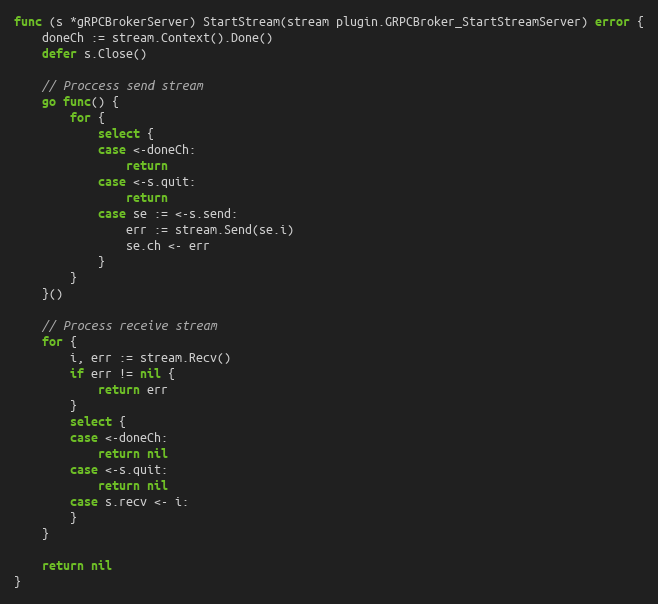
Language: Go
func (s *gRPCBrokerServer) StartStream(stream plugin.GRPCBroker_StartStreamServer) error {
	doneCh := stream.Context().Done()
	defer s.Close()

	// Proccess send stream
	go func() {
		for {
			select {
			case <-doneCh:
				return
			case <-s.quit:
				return
			case se := <-s.send:
				err := stream.Send(se.i)
				se.ch <- err
			}
		}
	}()

	// Process receive stream
	for {
		i, err := stream.Recv()
		if err != nil {
			return err
		}
		select {
		case <-doneCh:
			return nil
		case <-s.quit:
			return nil
		case s.recv <- i:
		}
	}

	return nil
}